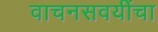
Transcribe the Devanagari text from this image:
वाचनसवयींचा